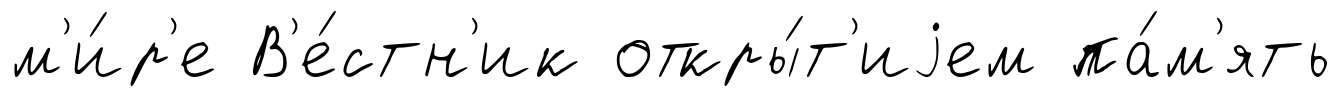
м'и́р'е В'е́стн'ик откры́т'иjем па́м'ять